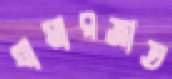
খামারজাত